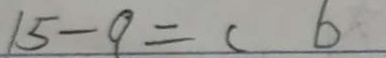
1 5 - 9 = ( 6